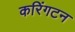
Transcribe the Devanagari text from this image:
करिंगटन